Document type: Sale
Year: 1290
Scribe: Miquel Rotllan
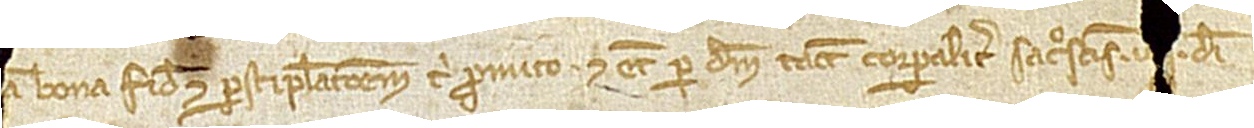
[...]am bona fide et per stipulacionem tibi promito et etiam per Deum, tacta corporaliter sacrosanctis I[III] Dei